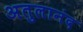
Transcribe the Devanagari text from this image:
अतुलानंद